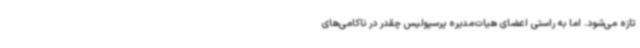
تازه می‌شود. اما به راستی اعضای هیات‌مدیره پرسپولیس چقدر در ناکامی‌های